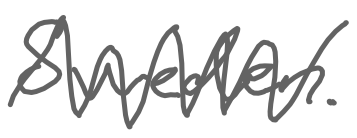
Text: Sweden.
Cross-out: mix
Writing tool: digital_gray